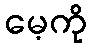
မေ့ကို